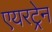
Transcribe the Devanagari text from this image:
एयरट्रेन